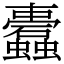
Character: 蠹